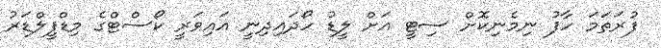
ފުރަތަމަ ހާފު ނިމެނިކޮށް ސިޓީ އަށް ލީޑު ހޯދައިދިނީ އައިވަރީ ކޯސްޓްގެ މިޑްފީލްޑަރު